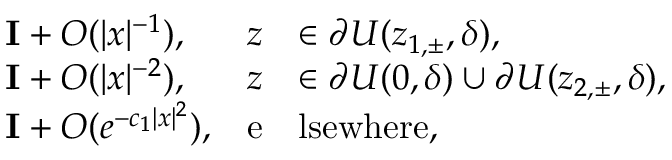
\begin{array} { r l r l } & { \mathbf { I } + O ( | x | ^ { - 1 } ) , } & { z } & { \in \partial U ( z _ { 1 , \pm } , \delta ) , } \\ & { \mathbf { I } + O ( | x | ^ { - 2 } ) , } & { z } & { \in \partial U ( 0 , \delta ) \cup \partial U ( z _ { 2 , \pm } , \delta ) , } \\ & { \mathbf { I } + O ( e ^ { - c _ { 1 } | x | ^ { 2 } } ) , } & { \mathrm { e } } & { \mathrm { l s e w h e r e } , } \end{array}